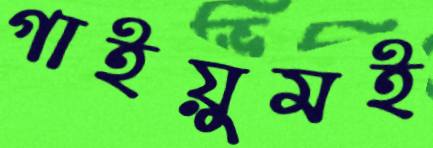
গাইয়ুমই